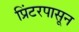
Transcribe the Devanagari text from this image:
प्रिंटरपासून